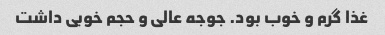
غذا گرم و خوب بود. جوجه عالی و حجم خوبی داشت